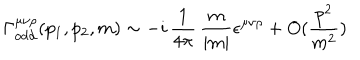
LaTeX: \Gamma _ { \mathrm { o d d } } ^ { \mu \nu \rho } ( p _ { 1 } , p _ { 2 } , m ) \sim - i \, \frac { 1 } { 4 \pi } \, \frac { m } { | m | } \epsilon ^ { \mu \nu \rho } + O ( \frac { p ^ { 2 } } { m ^ { 2 } } )